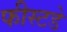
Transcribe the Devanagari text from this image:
फीस्टडे